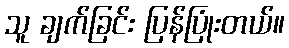
သူ ချက်ခြင်း ပြန်ပြုံးတယ်။